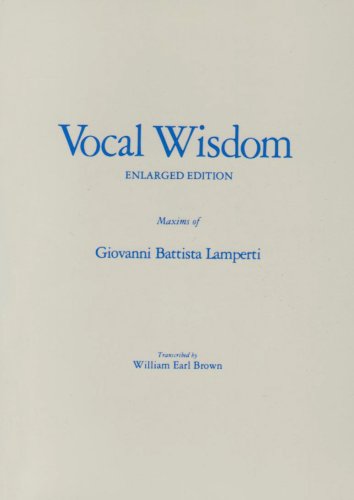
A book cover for Vocal Wisdom: Maxims of Giovanni Battista Lamperti; Giovanni B. Lamperti; Teen & Young Adult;